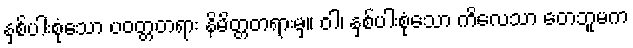
နှစ်ပါးစုံသော ပဝတ္တတရား နိမိတ္တတရားမှ။ ဝါ၊ နှစ်ပါးစုံသော ကိလေသာ တေဘူမက